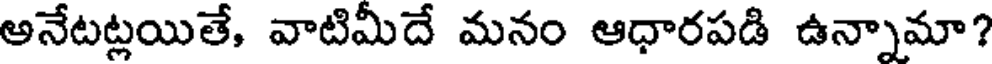
అనేటట్లయితే, వాటిమీదే మనం ఆధారపడి ఉన్నామా?